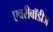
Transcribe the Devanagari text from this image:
एवरीबॉडीज